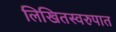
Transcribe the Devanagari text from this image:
लिखितस्वरुपात